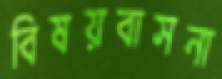
বিষয়বাসনা